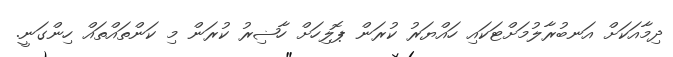
ދިމާއަކަށް އަނބުރާލުމަށްޓަކައި ހައްޔަރު ކުރަން ޕޮލިހަށް ހާޟިރު ކުރަން މި ކަންތައްތައް ހިންގަނީ.